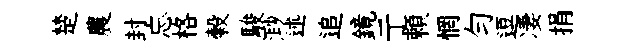
楚農封忘格榖駿𣺌述追鏡亍頼惘匀逗凄捐